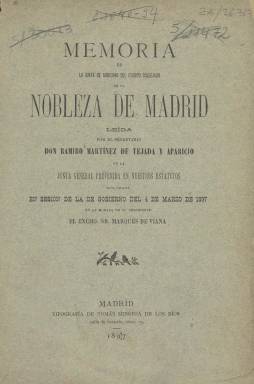
Título: Memoria de la Junta de Gobierno del Cuerpo Colegiado de Caballeros Hijosdalgo de la Nobleza de Madrid
Otros títulos: Memoria de la Junta de Gobierno del Cuerpo Colegiado de Caballeros Hijos-dalgo de esta M. H. Villa de Madrid || Memoria de la Junta de Gobierno del Cuerpo Colegiado de Caballeros Hijosdalgo de esta M. H. Villa de Madrid || Memoria de la Junta de Gobierno del Cuerpo Colegiado de la Nobleza de Madrid || Título de la anteportada: Memoria para la Junta General de ...
Colección: Anuarios e informes
Ámbito geográfico: Madrid
Lugar de publicación: Madrid
Fechas: 01/01/1878-31/12/1900